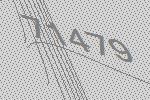
71479